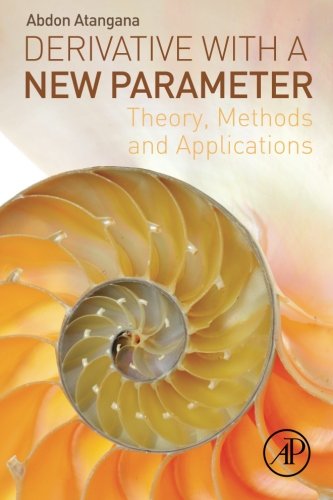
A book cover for Derivative with a New Parameter: Theory, Methods and Applications; Abdon Atangana; Science & Math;